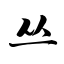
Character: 丛